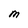
Character: M